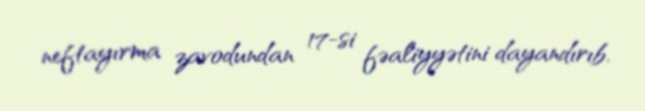
neftayırma zavodundan 17-si fəaliyyətini dayandırıb.